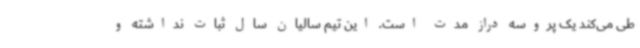
طی می‌کند یک پروسه دراز مدت است. این تیم سالیان سال ثبات نداشته و